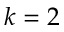
k = 2